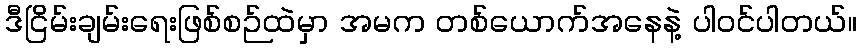
ဒီငြိမ်းချမ်းရေးဖြစ်စဉ်ထဲမှာ အမက တစ်ယောက်အနေနဲ့ ပါဝင်ပါတယ်။